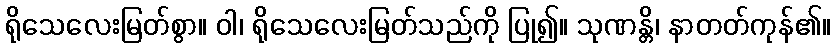
ရိုသေလေးမြတ်စွာ။ ဝါ၊ ရိုသေလေးမြတ်သည်ကို ပြု၍။ သုဏန္တိ၊ နာတတ်ကုန်၏။